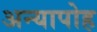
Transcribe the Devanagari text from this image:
अन्यापोह